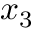
x _ { 3 }